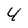
Character: 4